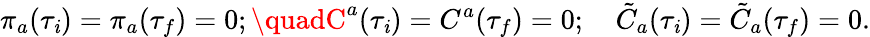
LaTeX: \pi_{a}(\tau_{\mathit{i}})=\pi_{a}(\tau_{f})=0;\quadC^{a}(\tau_{\mathit{i}})=C^{a}(\tau_{f})=0;\quad\tilde{{C}}_{a}(\tau_{\mathit{i}})=\tilde{{C}}_{a}(\tau_{f})=0.